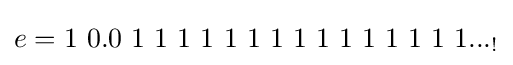
e=1\ 0.0\ 1\ 1\ 1\ 1\ 1\ 1\ 1\ 1\ 1\ 1\ 1\ 1\ 1\ 1\ 1..._{!}